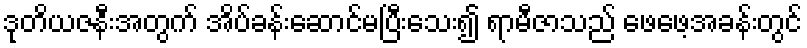
ဒုတိယဇနီးအတွက် အိပ်ခန်းဆောင်မပြီးသေး၍ ရာမီဇာသည် ဖေဖေ့အခန်းတွင်